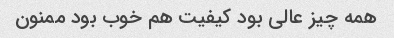
همه چیز عالی بود کیفیت هم خوب بود ممنون